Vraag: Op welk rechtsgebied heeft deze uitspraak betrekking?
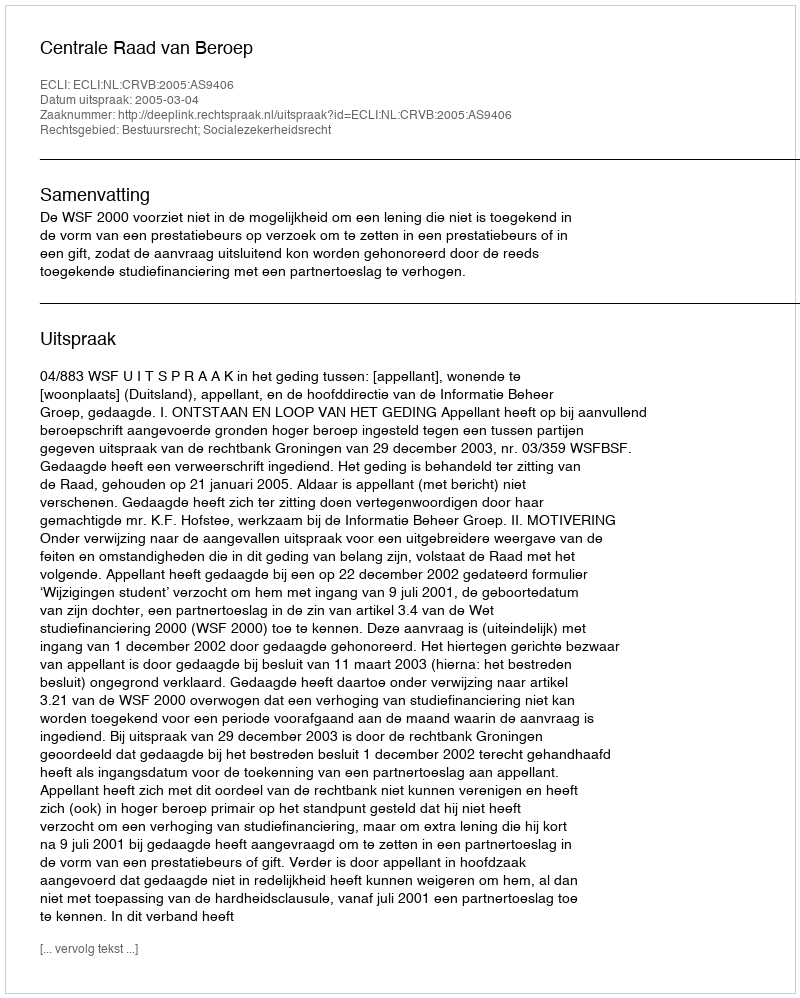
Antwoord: Bestuursrecht; Socialezekerheidsrecht